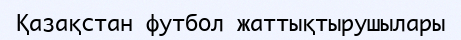
Қазақстан футбол жаттықтырушылары